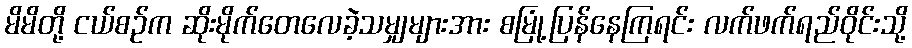
မိမိတို့ ငယ်စဉ်က ဆိုးမိုက်တေလေခဲ့သမျှများအား စမြုံ့ပြန်နေကြရင်း လက်ဖက်ရည်ဝိုင်းသို့